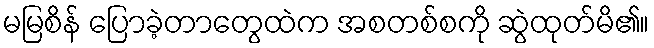
မမြစိန် ပြောခဲ့တာတွေထဲက အစတစ်စကို ဆွဲထုတ်မိ၏။